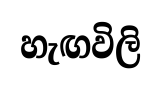
හැඟවිලි